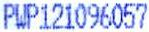
PWP121096057